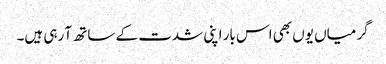
گرمیاں یوں بھی اس بار اپنی شدت کے ساتھ آ رہی ہیں۔